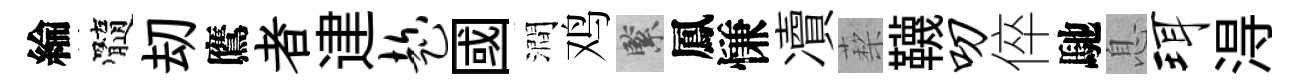
綸髓刧鷹者䢖趁國澗鸡緊鳳慊凟蔾韈叨倅馳息珥淂